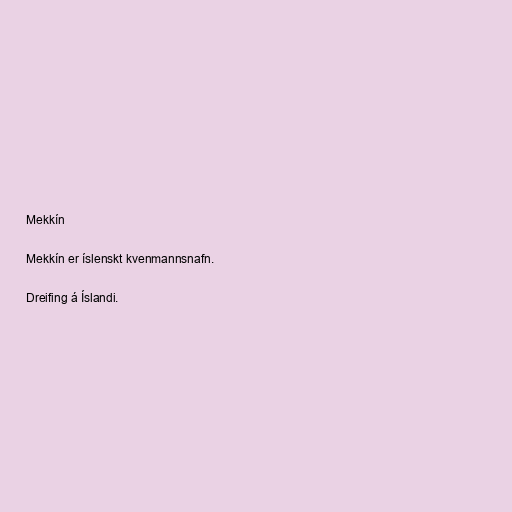
Mekkín

Mekkín er íslenskt kvenmannsnafn.

Dreifing á Íslandi.